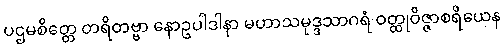
ပဌမစိတ္တေ တရိတဗ္ဗာ နောဥပါဒါနာ မဟာသမုဒ္ဒသာဂရံ ဝတ္ထုဝိဇ္ဇာစရိယေန